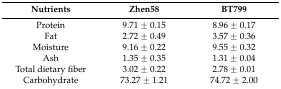
<table><thead><tr><td><b>Nutrients</b></td><td><b>Zhen58</b></td><td><b>BT799</b></td></tr></thead><tbody><tr><td>Protein</td><td>9.71 ± 0.15</td><td>8.96 ± 0.17</td></tr><tr><td>Fat</td><td>2.72 ± 0.49</td><td>3.57 ± 0.36</td></tr><tr><td>Moisture</td><td>9.16 ± 0.22</td><td>9.55 ± 0.32</td></tr><tr><td>Ash</td><td>1.35 ± 0.35</td><td>1.31 ± 0.04</td></tr><tr><td>Total dietary fiber</td><td>3.02 ± 0.22</td><td>2.78 ± 0.01</td></tr><tr><td>Carbohydrate</td><td>73.27 ± 1.21</td><td>74.72 ± 2.00</td></tr></tbody></table>